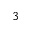
3